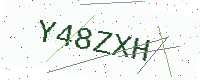
Text: Y48ZXH